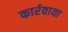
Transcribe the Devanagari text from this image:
कार्रवाया